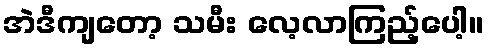
အဲဒီကျတော့ သမီး လေ့လာကြည့်ပေါ့။